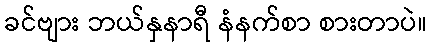
ခင်ဗျား ဘယ်နှနာရီ နံနက်စာ စားတာပဲ။